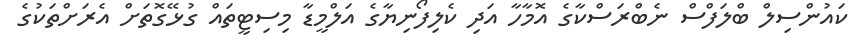
ކައުންސިލް ބްލަފްސް ނެބްރަސްކާގެ އޮމާހާ އަދި ކެލިފޯނިޔާގެ އަލްމީޑާ މިސިޓީތައް ގުޅޭގޮތަށް އެރަށްތަކުގެ